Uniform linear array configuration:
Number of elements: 4
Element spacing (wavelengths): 0.5
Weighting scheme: hamming
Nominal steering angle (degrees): -45
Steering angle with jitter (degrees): -44.579
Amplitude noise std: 0.05
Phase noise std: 0.05

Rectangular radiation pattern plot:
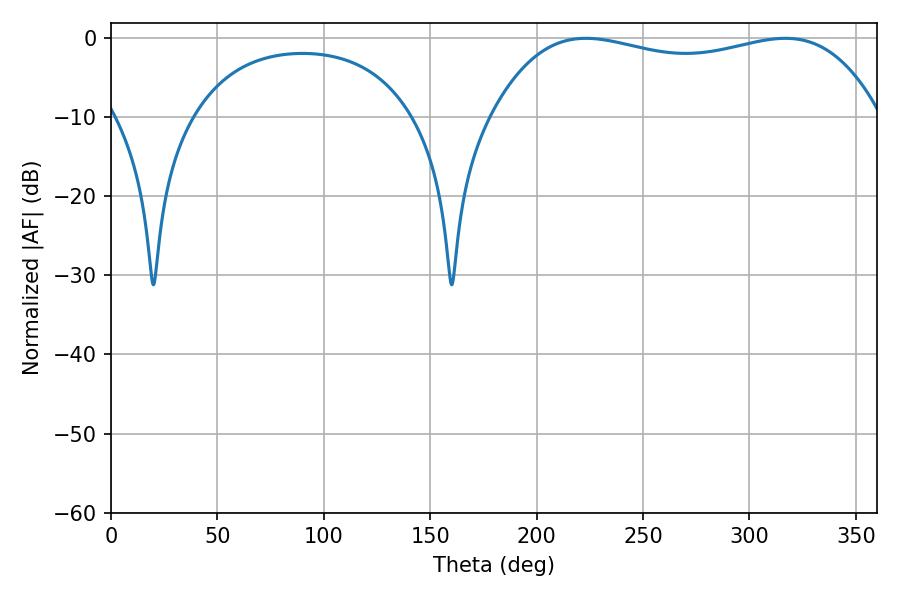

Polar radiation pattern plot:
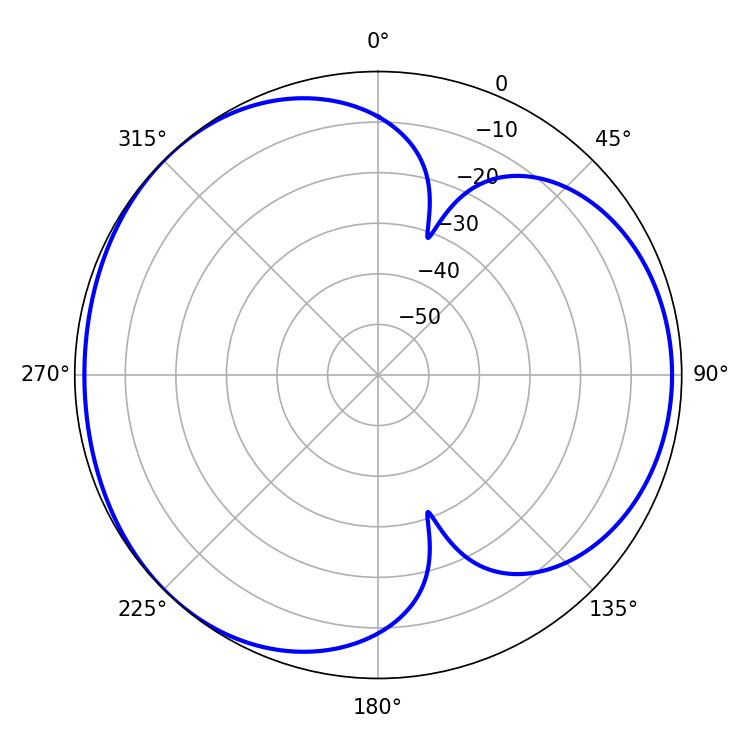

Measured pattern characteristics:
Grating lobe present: FALSE
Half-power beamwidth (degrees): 147.24
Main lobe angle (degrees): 223.2